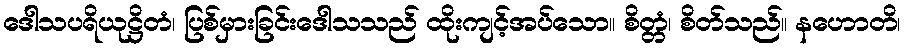
ဒေါသပရိယုဋ္ဌိတံ၊ ပြစ်မှားခြင်းဒေါသသည် ထိုးကျင့်အပ်သော။ စိတ္တံ၊ စိတ်သည်။ နဟောတိ၊